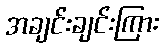
အချင်းချင်းကြား